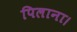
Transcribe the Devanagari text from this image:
पिलाना।